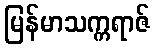
မြန်မာသက္ကရာဇ်